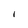
Character: I